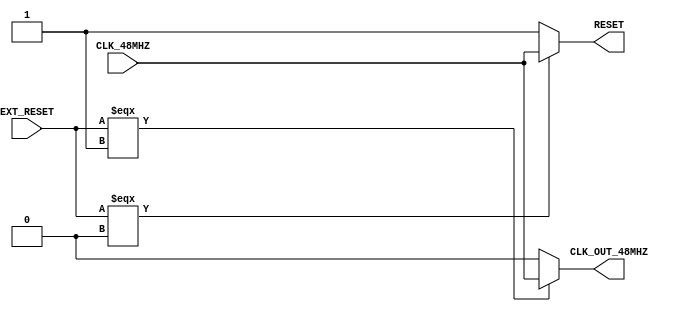
///////////////////////////////////////////////////////////////////////////////////////////////////
// Company: <Name>
//
// File history:
//      <Revision number>: <Date>: <Comments>
//      <Revision number>: <Date>: <Comments>
//      <Revision number>: <Date>: <Comments>
//
// Description: 
//
// <Description here>
//
// Targeted device: <Family::ProASIC3L> <Die::A3PE3000L> <Package::484 FBGA>
//
/////////////////////////////////////////////////////////////////////////////////////////////////// 

//`timescale <time_units> / <precision>

module reset_pulse( CLK_48MHZ, EXT_RESET, RESET,CLK_OUT_48MHZ);
input CLK_48MHZ,EXT_RESET;
output RESET, CLK_OUT_48MHZ;

assign CLK_OUT_48MHZ = (EXT_RESET===1'b1) ? CLK_48MHZ : 1'b0;
assign RESET = (EXT_RESET===1'b0) ? CLK_48MHZ  : 1'b1;
endmodule